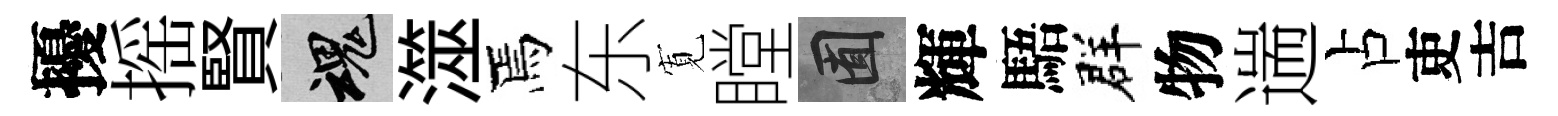
擾摇賢魂澨焉东𡩖瞠囿輝䮏群物遄占吏吉